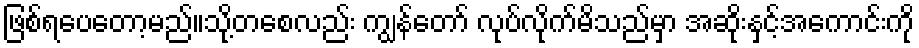
ဖြစ်ရပေတော့မည်။သို့တစေလည်း ကျွန်တော် လုပ်လိုက်မိသည်မှာ အဆိုးနှင့်အကောင်းကို